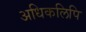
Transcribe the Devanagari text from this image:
अधिकलिपि